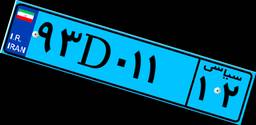
۸۶D۲۶۴۷۸